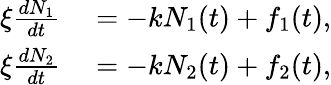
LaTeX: \begin{array}{rl}{\xi\frac{dN_{1}}{dt}}&{{}=-kN_{1}(t)+f_{1}(t),}\\ {\xi\frac{dN_{2}}{dt}}&{{}=-kN_{2}(t)+f_{2}(t),}\end{array}